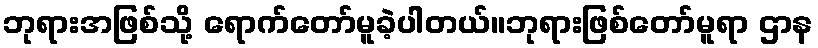
ဘုရားအဖြစ်သို့ ရောက်တော်မူခဲ့ပါတယ်။ဘုရားဖြစ်တော်မူရာ ဌာန